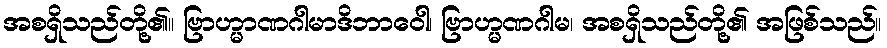
အစရှိသည်တို့၏။ ဗြာဟ္မာဏဂါမာဒိဘာဝေါ၊ ဗြာဟ္မဏဂါမ၊ အစရှိသည်တို့၏ အဖြစ်သည်။